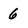
Character: 6